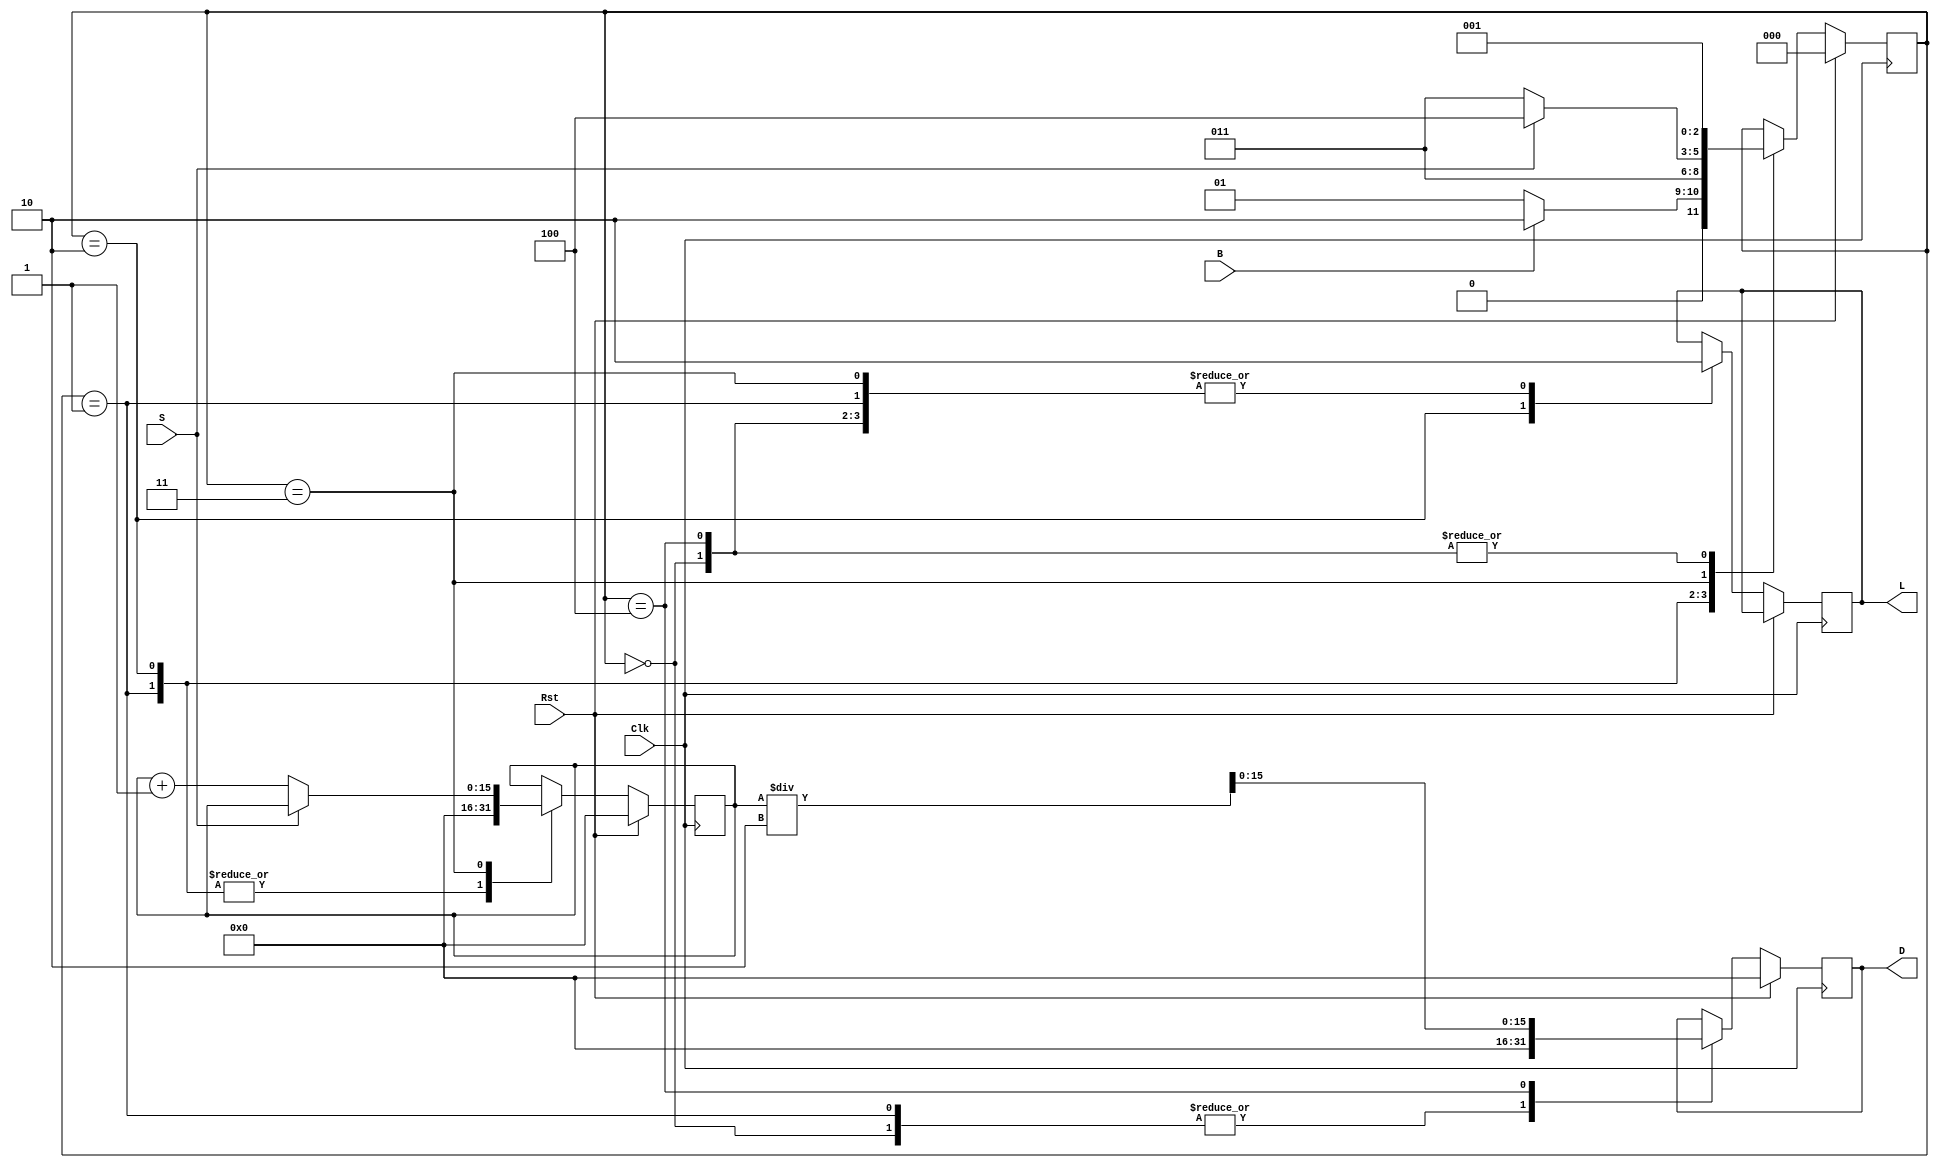
`timescale 1ns / 1ps
//////////////////////////////////////////////////////////////////////////////////
// Company: 
// Engineer: 
// 
// Design Name: 
// Module Name:    LaserD 
// Project Name: 
// Target Devices: 
// Tool versions: 
// Description: 
//
// Dependencies: 
//
// Revision: 
// Revision 0.01 - File Created
// Additional Comments: 
//
//////////////////////////////////////////////////////////////////////////////////
module LaserD(B, S, Rst, Clk, L, D);

	input B, S, Rst, Clk;
	output reg L;
	output reg [15:0]D;
	
	parameter S_OFF = 0, S_W1 = 1, S_ON1 = 2, S_W2 = 3, S_CALC = 4; 
	
	reg [15:0] Dctr; //round trip distance because Dreg = Dctr / 2
	reg [15:0] Dreg; //real distance
	reg [2:0] State;

	
	always @(posedge Clk) begin
		if(Rst == 1)
			begin
				State <= S_OFF;
				Dctr <= 0;
				Dreg <= 0;
				D <= 0;
			end
		else
			begin
				case (State)
					S_OFF:
					begin
						L <= 0;
						D <= 0;
						Dreg <= 0;
						State <= S_W1;
					end
					
					S_W1:
					begin
							L <= 0;
							D <= 0;
							Dreg <= 0;
							Dctr <= 0;
							if(B == 1)
								State <= S_ON1;
							else
								State <= S_W1;
					end
					
					S_ON1:
					begin
							L <= 1;
							Dreg <= 0;
							Dctr <= 0;
							State <= S_W2;
					end
					
					S_W2:
					begin
							L <= 0;
							Dreg <= 0;
							if(S == 1)
								State <= S_CALC;
							else
							begin
								State <= S_W2;
								Dctr = Dctr + 16'b0000000000000001;
							end
					end
					
					S_CALC:
					begin
							L <= 0;
							Dreg = Dctr / 2;
							D <= Dreg;
							State <= S_W1;
					end
					
				endcase
			end
			
	end


endmodule